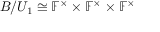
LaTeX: B / U _ { 1 } \cong \mathbb { F } ^ { \times } \times \mathbb { F } ^ { \times } \times \mathbb { F } ^ { \times }